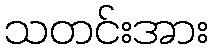
သတင်းအား